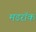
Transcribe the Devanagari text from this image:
मडरॉक